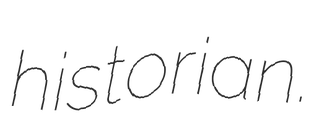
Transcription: historian.